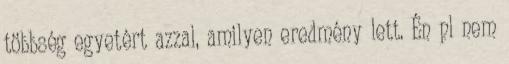
többség egyetért azzal, amilyen eredmény lett. Én pl nem